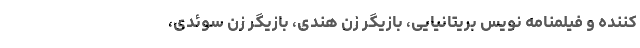
کننده و فیلمنامه نویس بریتانیایی، بازیگر زن هندی، بازیگر زن سوئدی،